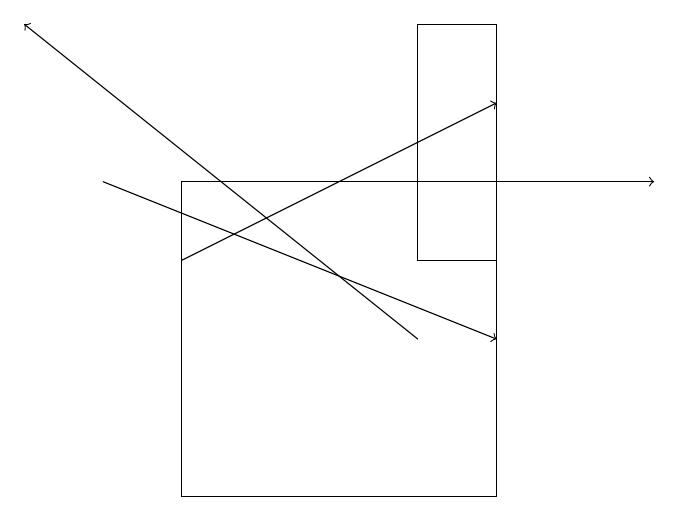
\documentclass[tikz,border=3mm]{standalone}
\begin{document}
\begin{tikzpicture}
\draw[->] (2,17) -- (8,17);
\draw[->] (2,16) -- (6,18);
\draw (6,16) rectangle (5,19);
\draw[->] (5,15) -- (0,19);
\draw[->] (1,17) -- (6,15);
\draw (2,13) rectangle (6,17);
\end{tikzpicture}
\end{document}